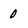
Character: 0